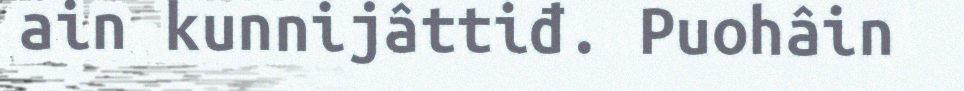
ain kunnijâttiđ. Puohâin